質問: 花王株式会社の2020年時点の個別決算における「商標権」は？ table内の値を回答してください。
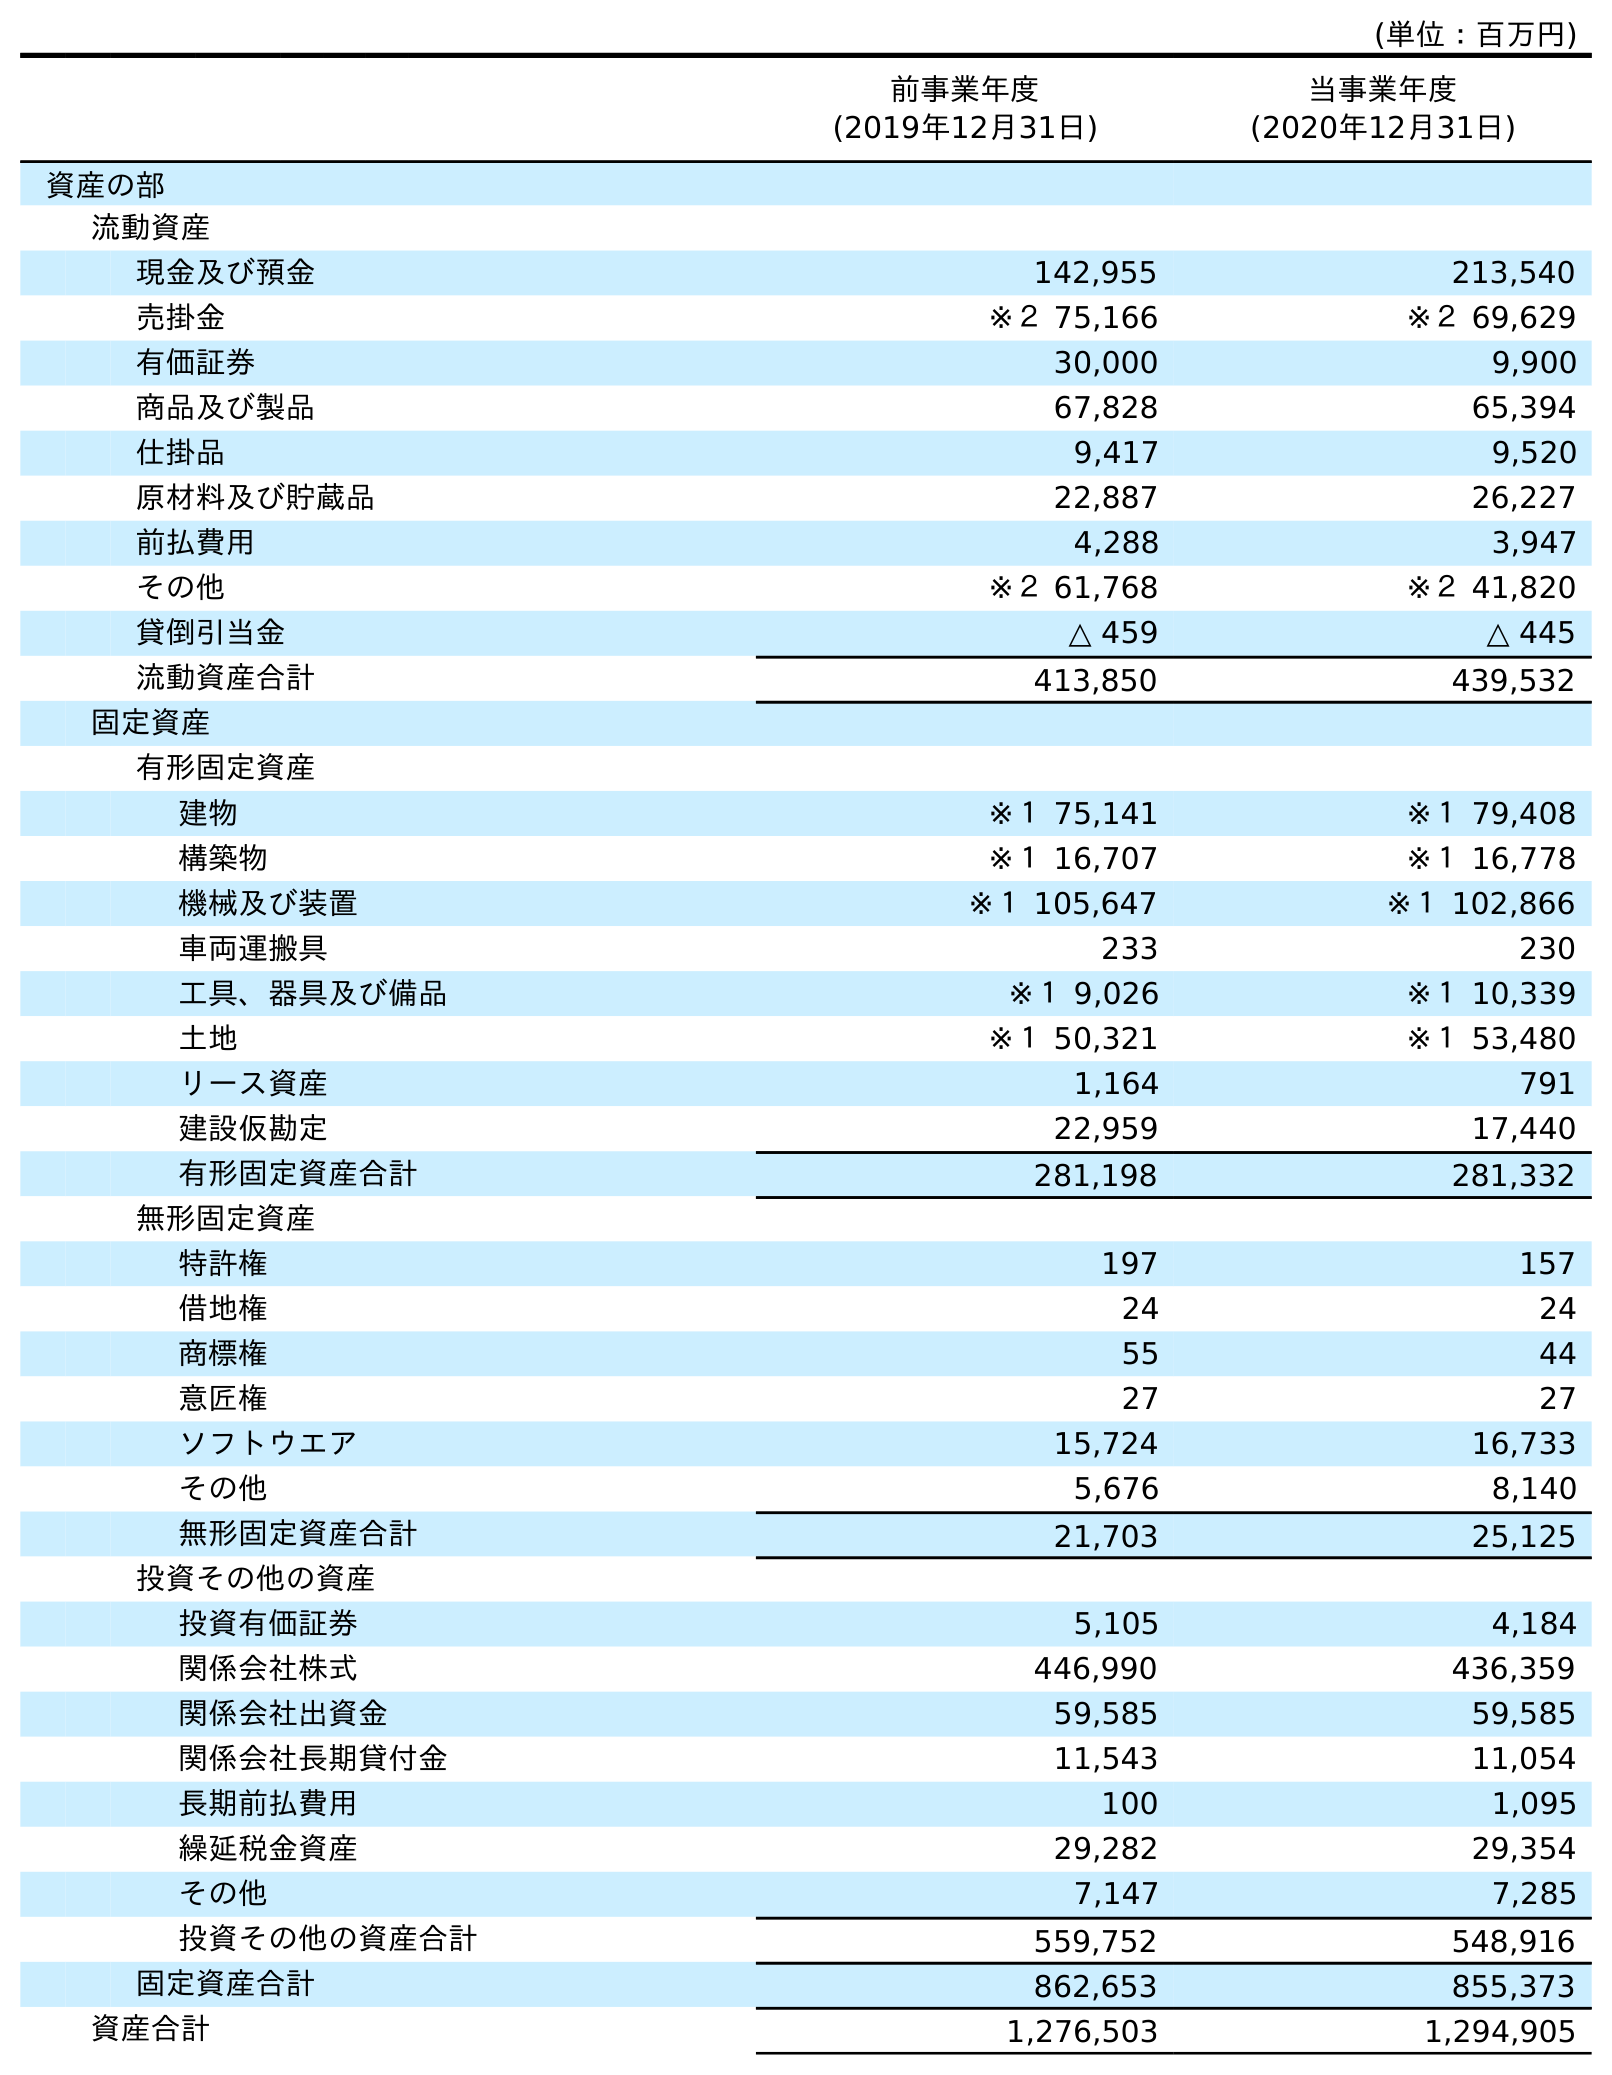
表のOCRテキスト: (単位：百万円) 前事業年度 (2019年12月31日) 当事業年度 (2020年12月31日) 資産の部 流動資産 現金及び預金 142,955 213,540 売掛金 ※２ 75,166 ※２ 69,629 有価証券 30,000 9,900 商品及び製品 67,828 65,394 仕掛品 9,417 9,520 原材料及び貯蔵品 22,887 26,227 前払費用 4,288 3,947 その他 ※２ 61,768 ※２ 41,820 貸倒引当金 △ 459 △ 445 流動資産合計 413,850 439,532 固定資産 有形固定資産 建物 ※１ 75,141 ※１ 79,408 構築物 ※１ 16,707 ※１ 16,778 機械及び装置 ※１ 105,647 ※１ 102,866 車両運搬具 233 230 工具、器具及び備品 ※１ 9,026 ※１ 10,339 土地 ※１ 50,321 ※１ 53,480 リース資産 1,164 791 建設仮勘定 22,959 17,440 有形固定資産合計 281,198 281,332 無形固定資産 特許権 197 157 借地権 24 24 商標権 55 44 意匠権 27 27 ソフトウエア 15,724 16,733 その他 5,676 8,140 無形固定資産合計 21,703 25,125 投資その他の資産 投資有価証券 5,105 4,184 関係会社株式 446,990 436,359 関係会社出資金 59,585 59,585 関係会社長期貸付金 11,543 11,054 長期前払費用 100 1,095 繰延税金資産 29,282 29,354 その他 7,147 7,285 投資その他の資産合計 559,752 548,916 固定資産合計 862,653 855,373 資産合計 1,276,503 1,294,905
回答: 44